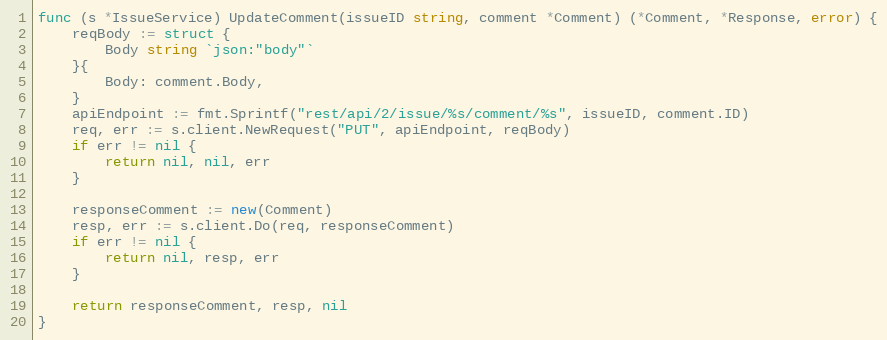
Language: Go
func (s *IssueService) UpdateComment(issueID string, comment *Comment) (*Comment, *Response, error) {
	reqBody := struct {
		Body string `json:"body"`
	}{
		Body: comment.Body,
	}
	apiEndpoint := fmt.Sprintf("rest/api/2/issue/%s/comment/%s", issueID, comment.ID)
	req, err := s.client.NewRequest("PUT", apiEndpoint, reqBody)
	if err != nil {
		return nil, nil, err
	}

	responseComment := new(Comment)
	resp, err := s.client.Do(req, responseComment)
	if err != nil {
		return nil, resp, err
	}

	return responseComment, resp, nil
}